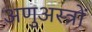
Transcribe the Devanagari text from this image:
अणुअस्त्रों